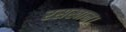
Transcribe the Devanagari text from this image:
रसखान।